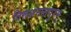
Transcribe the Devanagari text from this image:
तिरूअनन्तपुरम्